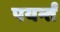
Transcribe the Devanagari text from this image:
पयर्न्तं